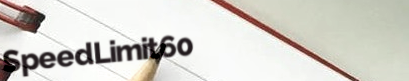
SpeedLimit60